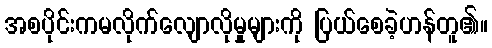
အစပိုင်းကမလိုက်လျောလိုမှုများကို ပြယ်စေခဲ့ဟန်တူ၏။